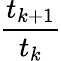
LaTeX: \frac{t_{k+1}}{t_{k}}